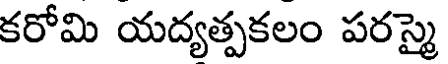
కరోమి యద్యత్పకలం పరస్మై